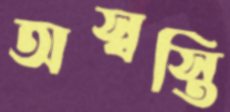
অস্বস্তি